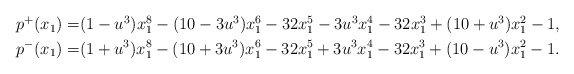
\begin{align*} \begin{aligned} p^{+}(x_1) =& (1-u^3)x_1^8 -(10-3u^3)x_1^6-32x_1^5-3u^3x_1^4-32x_1^3+(10+u^3)x_1^2-1,\\ p^{-}(x_1) =& (1+u^3)x_1^8 -(10+3u^3)x_1^6-32x_1^5+3u^3x_1^4-32x_1^3+(10-u^3)x_1^2-1. \end{aligned}\end{align*}